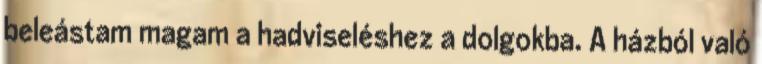
beleástam magam a hadviseléshez a dolgokba. A házból való